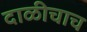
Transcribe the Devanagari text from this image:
दाळीचाच